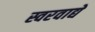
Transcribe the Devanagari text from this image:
स्वरवाद्ये